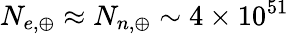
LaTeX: N_{e,\oplus}\approx N_{n,\oplus}\sim 4\times 10^{51}